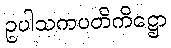
ဥပါသကပတိကိဋ္ဌော